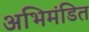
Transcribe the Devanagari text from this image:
अभिमंडित